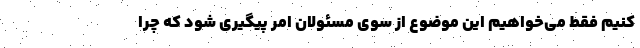
کنیم فقط می‌خواهیم این موضوع از سوی مسئولان امر پیگیری شود که چرا